Vaccination United Provinces of Agra and Oudh 1902-1913 - 1902-1913
Year: 1902
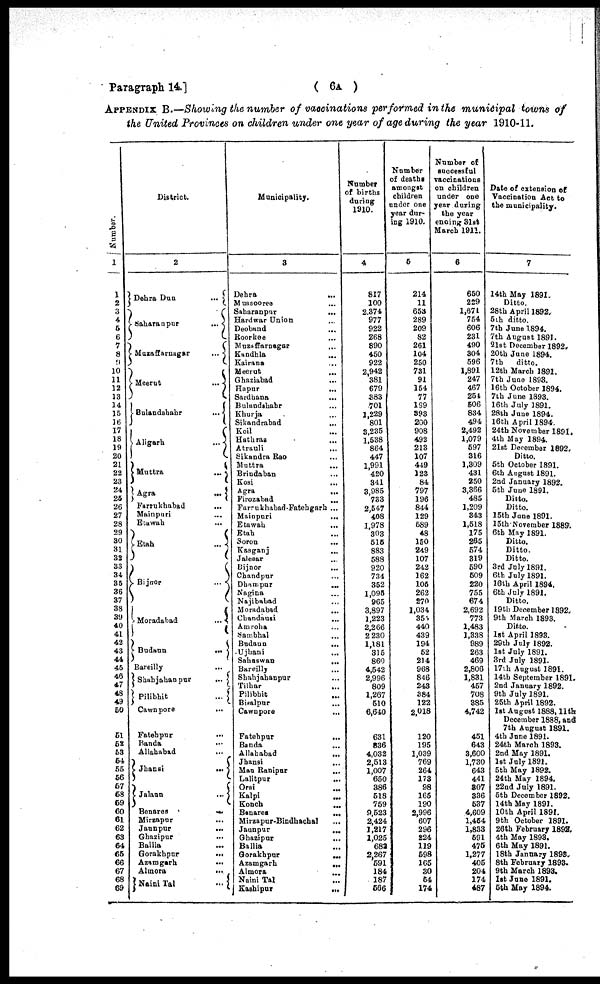
Paragraph 14.]
( 6A )
APPENDIX B.—Showing the number of vaccinations performed in the municipal towns of
the United Provinces on children under one year of age during the year 1910-11.
Number.
1
1
2
3
4
5
6
7
8
9
10
11
12
13
14
15
16
17
18
19
20
21
22
23
24
25
26
27
28
29
30
31
32
33
34
35
36
37
38
39
40
41
42
43
44
45
46
47
48
49
50
51
52
53
54
55
56
57
58
59
60
61
62
63
64
65
66
67
68
69
District.
2
Dehra Dun
...
Saharanpur
...
Muzaffarnagar
...
Meerut
...
Bulandshahr
...
Aligarh
...
Muttra
...
Agra
...
Farrukhabad
...
Mainpuri ...
Etawah ...
Etah
...
Bijnor
...
Moradabad
...
Budaun
...
Bareilly
...
Shahjahanpur
...
Pilibhit
...
Cawnpore
...
Fatehpur
...
Banda ...
Allahabad
...
Jhansi
...
Jalaun
...
Benares
...
Mirzapur ...
Jaunpur
...
Ghazipur
...
Ballia ...
Gorakhpur
...
Azamgarh
...
Almora
...
Naini Tal
...
Municipality.
3
Dehra
...
Mussooree ...
Saharanpur
...
Hardwar Union ...
Deoband ...
Roorkee
...
Muzaffarnagar ...
Kandhla ...
Kairana ...
Meerut
...
Ghaziabad ...
Hapur
...
Sardhana
...
Bulandshahr ...
Khurja ...
Sikandrabad
...
Koil ...
Hathras
...
Atrauli
...
Sikandra Rao ...
Muttra ...
Brindaban ...
Kosi
...
Agra ...
Firozabad ...
Farrukhabad-Fatehgarh ...
Mainpuri
...
Etawah
...
Etah ...
Soron ...
Kasganj
...
Jalesar ...
Bijnor ...
Chandpur ...
Dhampur
...
Nagina ...
Najibabad ...
Moradabad
...
Chandausi ...
Amroha ...
Sambhal ...
Budaun
...
Ujhani ...
Sahaswan
...
Bareilly ...
Shahjahanpur ...
Tilhar ...
Pilibhit ...
Bisalpur ...
Cawnpore
...
Fatehpur
...
Banda ...
Allahabad
...
Jhansi
...
Mau Ranipur
...
Lalitpur
...
Orai ...
Kalpi ...
Konch
...
Benares
...
Mirzapur-Bindhachal ...
Jaunpur
...
Ghazipur ...
Ballia ...
Gorakhpur
...
Azamgarh
...
Almora
...
Naini Tal ...
Kashipur
...
Number
of births
during
1910.
4
817
100
2,374
977
922
268
890
450
922
2,942
381
679
383
701
1,229
801
3,235
1,538
864
447
1,991
420
341
3,985
733
2,547
408
1,978
303
515
883
588
920
734
352
1,095
965
3,897
1,223
2,266
2,230
1,181
315
860
4,542
2,996
809
1,267
510
6,640
631
836
4,032
2,513
1,007
650
386
518
759
9,523
2,424
1,217
1,025
682
2,267
591
184
187
566
Number
of deaths
amongst
children
under one
year dur-
ing 1910.
5
214
11
653
289
209
82
261
104
250
731
91
154
77
199
393
200
908
492
213
107
449
123
84
797
196
844
129
589
48
150
249
107
242
162
105
262
270
1,034
355
440
439
194
52
214
968
846
243
384
122
2,018
120
195
1,039
769
264
173
98
165
190
2,996
607
296
224
119
598
165
30
54
174
Number of
successful
vaccinations
on children
under one
year during
the year
ending 31st
March 1911.
6
650
229
1,671
754
606
231
490
304
596
1,891
247
467
254
506
834
494
2,492
1,079
597
316
1,309
431
250
3,366
485
1,209
343
1,518
175
265
574
319
590
509
220
755
674
2,692
773
1,483
1,338
989
263
469
2,806
1,831
457
708
385
4,742
451
643
3,600
1,730
643
441
307
336
537
4,609
1,454
1,833
591
475
1,277
405
204
174
487
Date of extension of
Vaccination Act to
the municipality.
7
14th May 1891.
Ditto.
28th April 1892.
5th ditto.
7th June 1894.
7th August 1891.
21st December 1892.
20th June 1894.
7th
ditto.
12th March 1891.
7th June 1893.
16th October 1894.
7th June 1893.
16th July 1891.
28th June 1894.
16th April 1894.
24th November 1891.
4th May 1894.
21st December 1892.
Ditto.
5th October 1891.
6th August 1891.
2nd January 1892.
5th June 1891.
Ditto.
Ditto.
15th June 1891.
15th November 1889.
6th May 1891.
Ditto.
Ditto.
Ditto.
3rd July 1891.
6th July 1891.
16th April 1894.
6th July 1891.
Ditto.
19th December 1892.
9th March 1893.
Ditto.
1st April 1893.
29th July 1892.
1st July 1891.
3rd July 1891.
17th August 1891.
14th September 1891.
2nd January 1892.
9th July 1891.
25th April 1892.
1st August 1888, 11th
December 1888, and
7th August 1891.
4th June 1891.
24th March 1893.
2nd May 1891.
1st July 1891.
5th May 1892.
24th May 1894.
22nd July 1891.
5th December 1892.
14th May 1891.
10th April 1891.
9th October 1891.
26th February 1892.
4th May 1893.
6th May 1891.
18th January 1893.
8th February 1893.
9th March 1893.
1st June 1891.
5th May 1894.